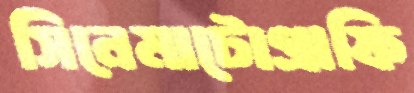
সিনেমাটোগ্রাফি